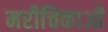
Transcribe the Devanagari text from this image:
मरीचिकाओं